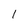
Character: l